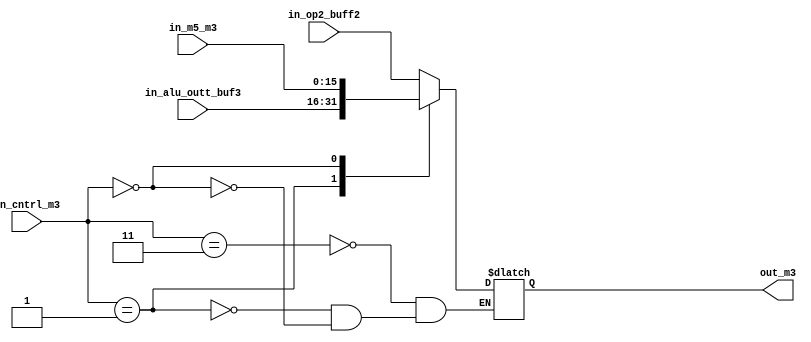
module mux3(in_op2_buff2,in_alu_outt_buf3,in_m5_m3,in_cntrl_m3,out_m3);

//input
input [15:0] in_op2_buff2,in_alu_outt_buf3,in_m5_m3;
input [1:0] in_cntrl_m3;

//output
output [15:0] out_m3;

//type
wire [15:0] in_op2_buff2,in_alu_outt_buf3,in_m5_m3;
wire [1:0] in_cntrl_m3;

reg [15:0] out_m3;

always @(*)
begin 
        case(in_cntrl_m3)
        2'b11:out_m3[15:0] = in_op2_buff2[15:0];
	2'b01:out_m3[15:0] = in_alu_outt_buf3[15:0];
        2'b00:out_m3[15:0] = in_m5_m3[15:0];
endcase 
end
endmodule